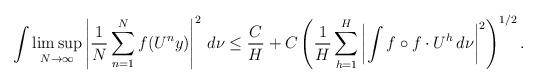
LaTeX: \begin{align*}\int \limsup_{N \to \infty} \left| \frac{1}{N} \sum_{n=1}^N f(U^ny) \right|^2 \, d\nu \leq \frac{C}{H} + C\left(\frac{1}{H} \sum_{h=1}^H \left| \int f \circ f \cdot U^h \, d\nu \right|^2 \right)^{1/2}.\end{align*}